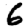
Digit: 6